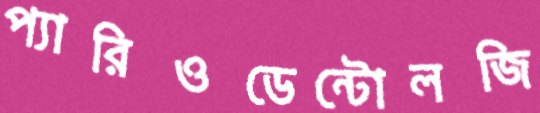
প্যারিওডেন্টোলজি